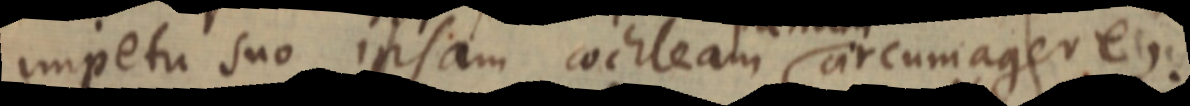
impetu suo ipsam cochleam circumagere,